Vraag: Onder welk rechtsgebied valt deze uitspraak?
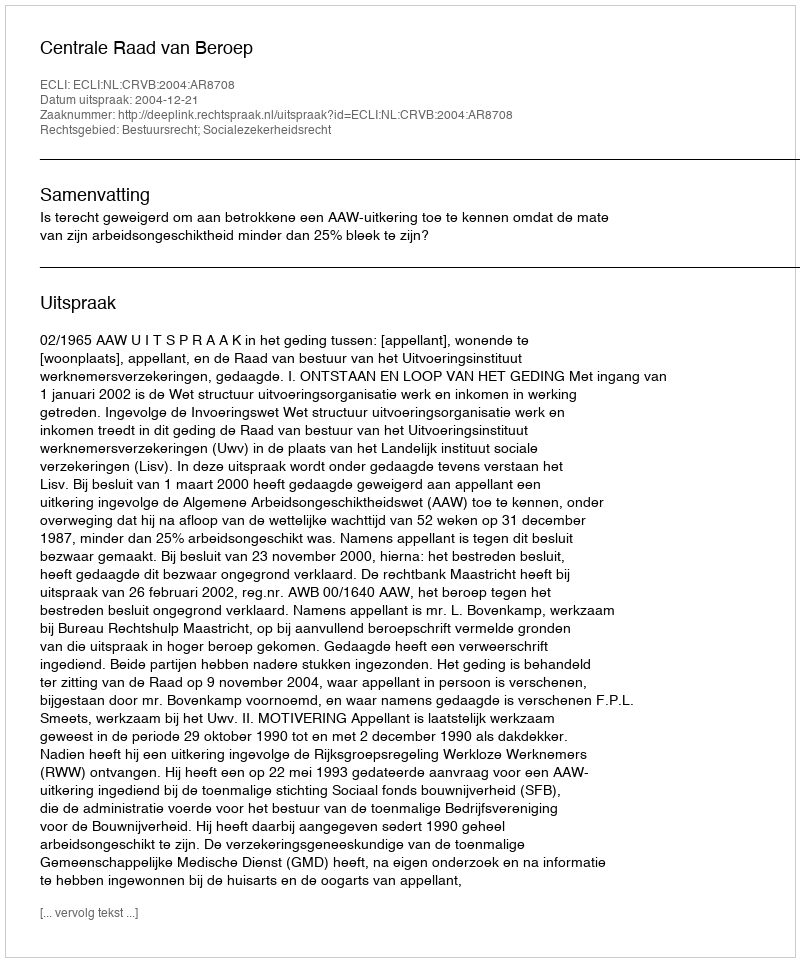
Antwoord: Bestuursrecht; Socialezekerheidsrecht